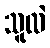
သူလဲ